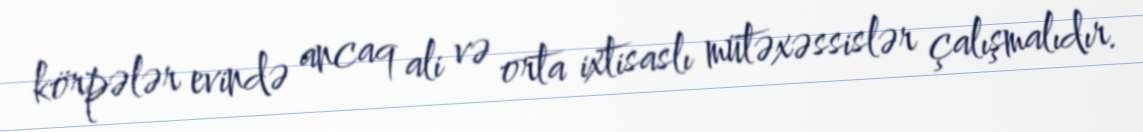
körpələr evində ancaq ali və orta ixtisaslı mütəxəssislər çalışmalıdır.